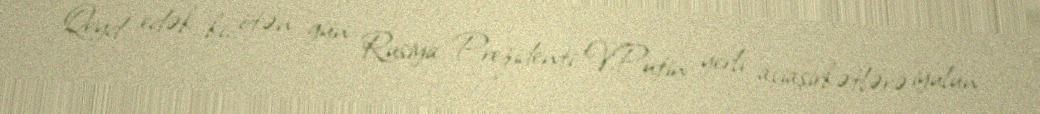
Qeyd edək ki, ötən gün Rusiya Prezidenti V.Putin yerli aviaşirkətlərə iyulun